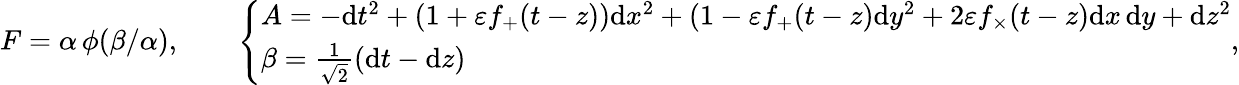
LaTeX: \begin{array}{r}{F=\alpha\, \phi(\beta/\alpha),\qquad\left\{ \begin{array}{ll}{A=-\mathrm{d}t^{2}+(1+\varepsilon f_{+}(t-z))\mathrm{d}x^{2}+(1-\varepsilon f_{+}(t-z)\mathrm{d}y^{2}+2\varepsilon f_{\times}(t-z)\mathrm{d}x\, \mathrm{d}y+\mathrm{d}z^{2}}\\ {\beta=\frac{1}{\sqrt{2}}\left(\mathrm{d}t-\mathrm{d}z\right)}\end{array}\right.,}\end{array}